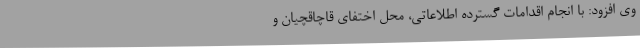
وی افزود: با انجام اقدامات گسترده اطلاعاتی، محل اختفای قاچاقچیان و